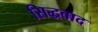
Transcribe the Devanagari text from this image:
सिद्धवाद